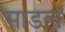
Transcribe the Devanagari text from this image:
माडले